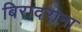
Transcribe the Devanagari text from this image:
बिरादराना